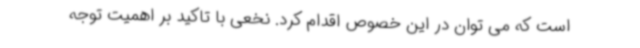
است که می توان در این خصوص اقدام کرد. نخعی با تاکید بر اهمیت توجه